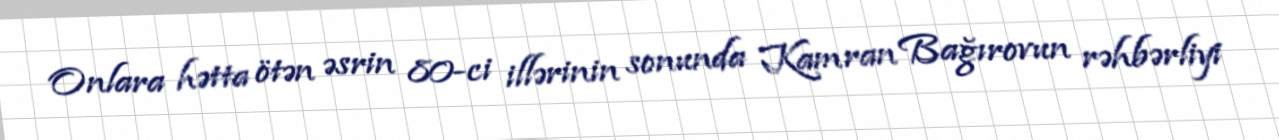
Onlara hətta ötən əsrin 80-ci illərinin sonunda Kamran Bağırovun rəhbərliyi